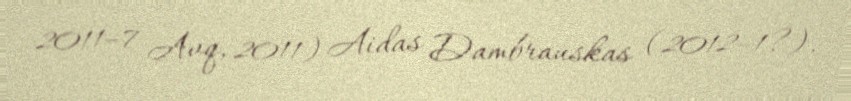
2011–7 Avq, 2011) Aidas Dambrauskas (2012–1?).